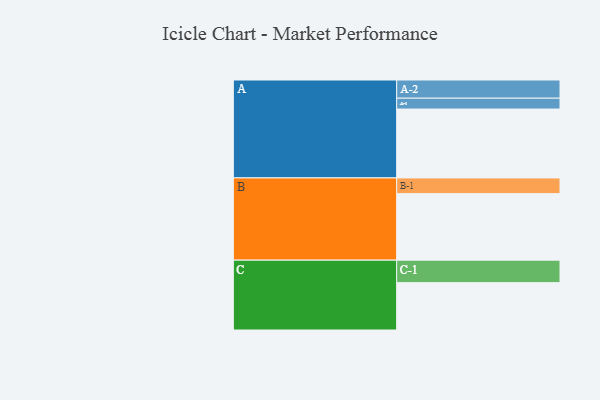
{"axis": {"x": "Segment", "y": "Value"}, "legend": ["", "A", "B", "C"], "data": [{"x": "A", "y": 557, "type": ""}, {"x": "B", "y": 538, "type": ""}, {"x": "C", "y": 383, "type": ""}, {"x": "A-1", "y": 88, "type": "A"}, {"x": "A-2", "y": 147, "type": "A"}, {"x": "B-1", "y": 127, "type": "B"}, {"x": "C-1", "y": 182, "type": "C"}]}